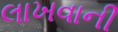
લાખવાની